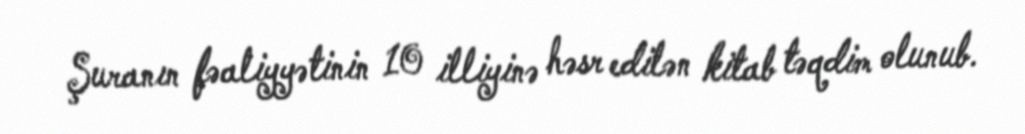
Şuranın fəaliyyətinin 10 illiyinə həsr edilən kitab təqdim olunub.